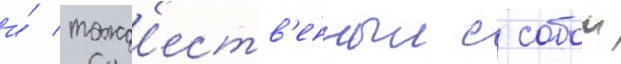
и́ тожд'еств'енныи с собои